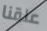
علقنا